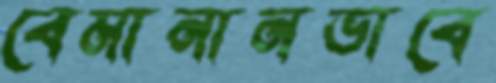
বেমানানভাবে